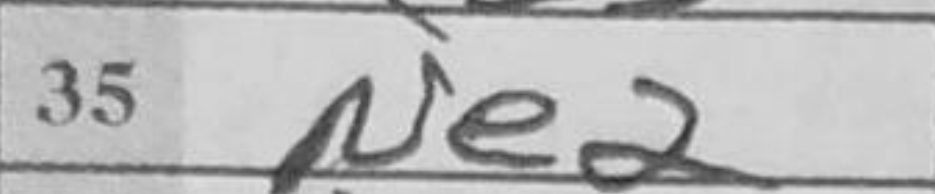
Transcription: Ne2